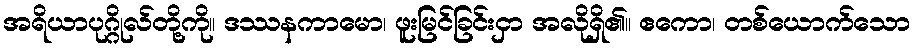
အရိယာပုဂ္ဂိုလ်တို့ကို။ ဒဿနကာမော၊ ဖူးမြင်ခြင်းငှာ အလိုရှိ၏။ ဧကော၊ တစ်ယောက်သော